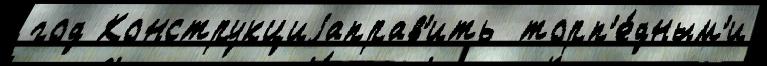
год Конструкциjаправ'ить  торп'е́дным'и